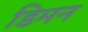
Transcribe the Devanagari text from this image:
डिमन